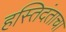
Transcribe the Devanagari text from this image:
हस्तिदंताचा